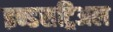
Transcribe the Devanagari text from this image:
इन्डसट्रिअल